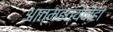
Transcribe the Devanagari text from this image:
आत्महत्येचीही